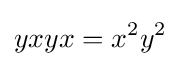
yxyx=x^{2}y^{2}